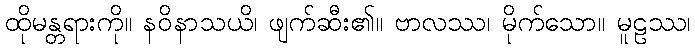
ထိုမန္တရားကို။ နဝိနာသယိ၊ ဖျက်ဆီး၏။ ဗာလဿ၊ မိုက်သော။ မူဠဿ၊